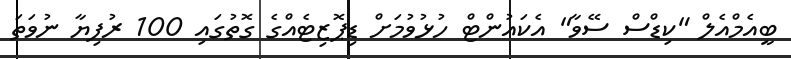
ބީއެމްއެލް "ކިޑްސް ސޭވާ" އެކައުންޓް ހުޅުވުމަށް ޑިޕޮޒިޓެއްގެ ގޮތުގައި 100 ރުފިޔާ ނުވަތަ